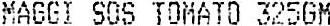
MAGGI SOS TOMATO 325GM